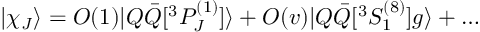
\vert \chi _ { J } \rangle = O ( 1 ) \vert Q \bar { Q } \lbrack { } ^ { 3 } P _ { J } ^ { ( 1 ) } \rbrack \rangle + O ( v ) \vert Q \bar { Q } \lbrack { } ^ { 3 } S _ { 1 } ^ { ( 8 ) } \rbrack g \rangle + \ldots